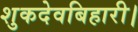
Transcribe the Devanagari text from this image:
शुकदेवबिहारी।